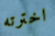
اخترته